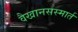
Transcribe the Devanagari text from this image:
वैखानसस्मार्त